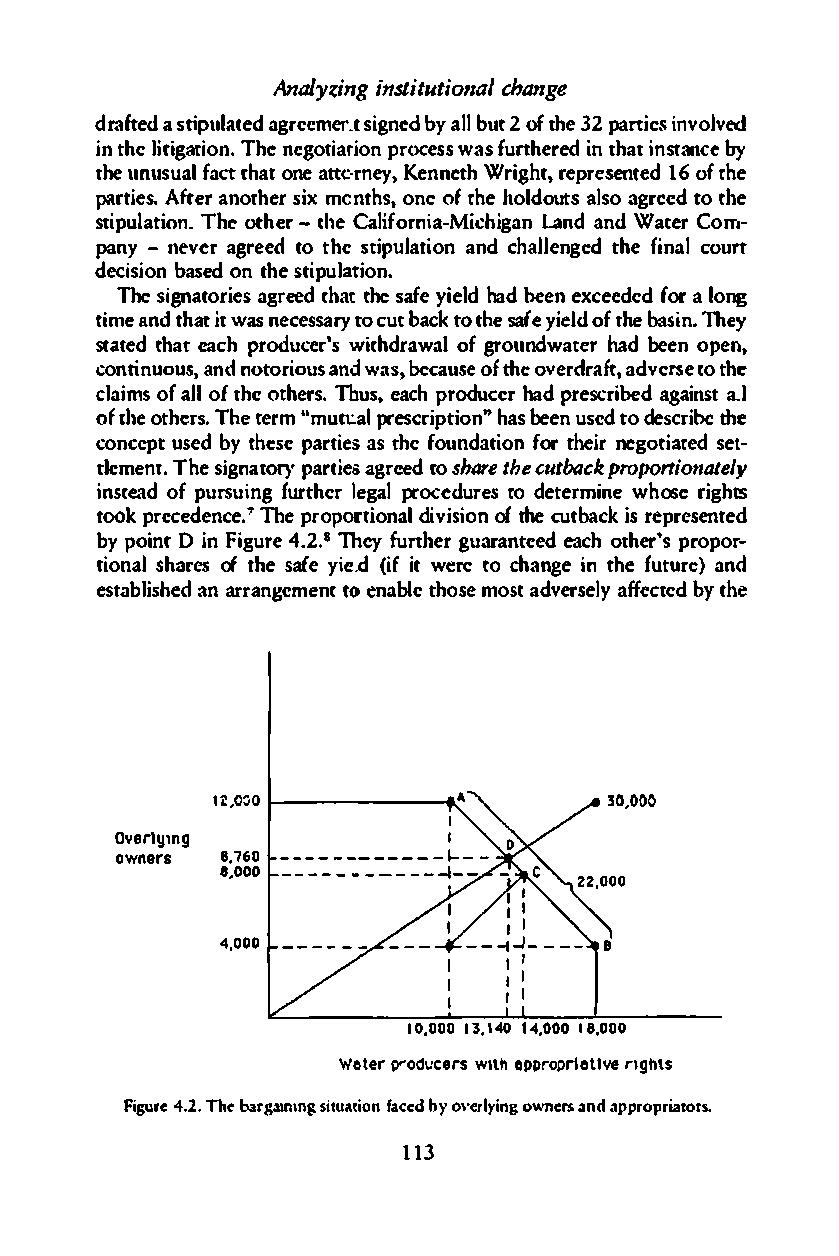
Analyziinsntgi tutcihoannagle
 darftedas tipulaagtreeedsm iengre.db tya lblu2 to ft h3e2p a rticsi nvloved
 int hletii agtioTnh.ne e ogtiatpiocrone swsa fsrtu hreeidnt hiasntt abyn ce
 thuenu sufaa"tl(.t haotn aett rcn·ye, nKnteehW rigrhetp,re se1nt6oe ftd he
 partAiftees.ran others imxcn thosn,oe f t hheo oludtaslo as grcteot dh e
 stipunl.aT thieoo th -etrh Cea lrinf-ioMaicihgalann da nWda teCro m­
 pan-yn evaegrr eteodt hset ipunl aatnidcoh anlgleetdh fei ncaolu rt
 decsiino baseodnt hseit uplation
 .
 Thsei ngatoriaegsr etehtdat hsea fyei ehladbed e ne xcee(doarel odn g
 timaen tdha ti wta sn ceessary ctubota ctkot hsea fyei eolft dhbe saiTnh.e y
 stattehdea atc phr oducweirhtd'raswa lo fg ronudwatheardb eeonp era,
 conntuiouasn,n do troiousa nwda sbe, causeo ft hoev eartfda,rd vetrsote h e
 cliamso fa lolft hoet heTbruss., perodaucche hr apdr cersiabegda ianJs t
 oft hoet heThrets e.r "mmu n:.aplr escornhi"ap bste ieunesd t od esctrhiebe
 concpetu sebdyt hepsaer sta iset hfeo nudatifoontr h enire gaotteside t­
 tlenmtTe.h sei gtnoar)p'ar itsea gretoes dha trhec eu tbapcrokpo rtionately
 intsead ofpu sruing furtlehgaelpr r ocedutrode est erwmhisonereig hts
 tookp redceeenc.T"h ep rpooniodinsvaiiloo nf ctuhatecb kr eipsr esented
 byp oinD tin F igure4 .2T.h·ef yru thguearanr teede ach oprtophore ­ r's
 tionsahlea sro fth es afyei. ed( iifwt e rteoc hnagien t hfe utuarned)
 esatblisahnae rdr aenmgenttoe nabtlheom soesat d velrayfs efcetedb yt he
 liO,OO1- -------...:
 OvelrYIng
 owners 8.760
 8,000
 1.00010.3 104 1,40010.8 000
 Walepr" ocdeusr witahp porpraiteir vgIhts
 Figur4e. 2T.h eba rgainsiintgu aftaicobenydo \'lyeirnogwn ersa ndap prroipators.
 131